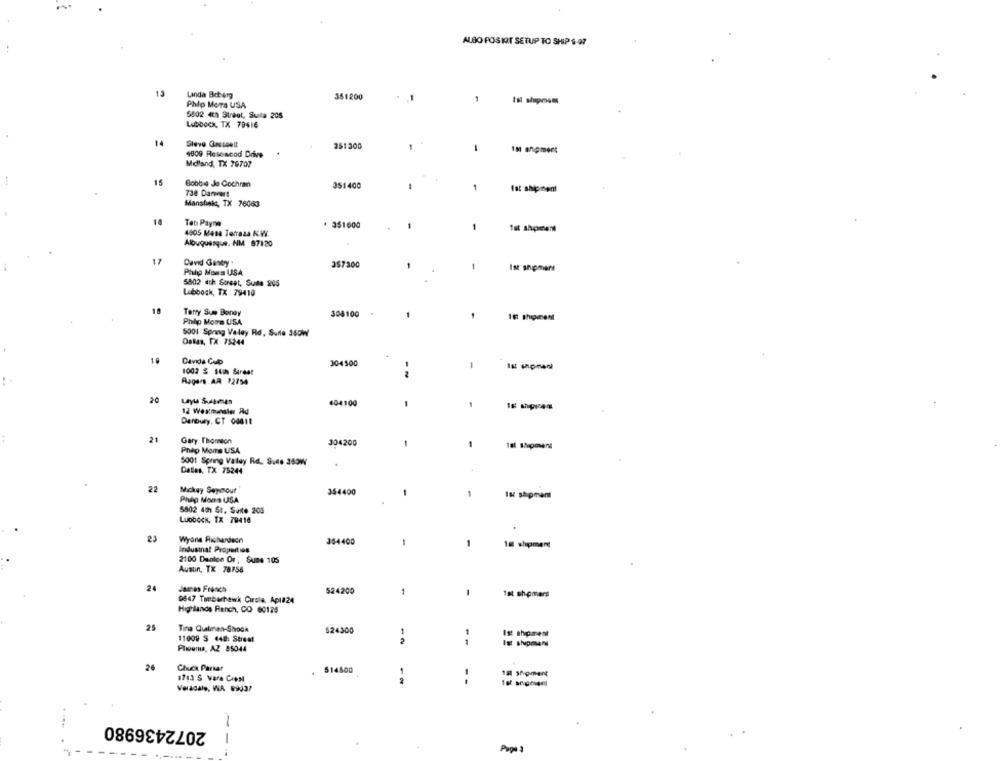
ALBO POSIT SETUP TO SHIP 6-07
13
Linda Bet org
351200
.1
Phip Mors USA
6802 4th Street, Sulla 205
Lubbock, TX 79416
14
Steve Gasspelt
251300
4809 Rlesencod Drive
-
Midland, TX 79707
Bobbie Ja Cochran
351400
1
fat shipment
738 Danww!
Manstisk, TX 76063
Teti Payne
· 351600
1
4805 Mesa Terraza N.W.
Albuquerque. NM 87120
12
David Gasty .
357300
-
Phip Moms USA
Ist shipmers
5802 4th Street, Suite 205
Lubbock, TX 79410
Terry Sue Boney
304100
16 thoment
Phip Moms USA
5001 Spring Veley Rd. Sure 340W
Ostas, TX 75244
Davida Culo
304500
-
1002 % suih Street
-N
A204'S AR 12754
Layla Suasmen
404100
1
12 Wextnunster Ad
Denbury, CT 00611
21
Gary Thornton
304200
Phip Moms USA
-
5001 Spring Valey Rd. Sure 353W
Dallas, TX 75244
22
Mickey Seymour
354400
1
1
In shipman
Phip Moms USA
5802 45h St. Suite 205
Luobock, TX 79416
Wyone Richardscn
354400
-
1
18 shipman
Indusinal Properties
2100 Danion Or , SuBe 105
Austin, TX 78756
24
James French
524200
1
-
fat shpmars
0647 Tuberhawk Circle, Apla24
Highlands Ranch, CO 60129
25
Tina Quelinen-Shock
524300
Ist shparent
11009 S 440: Street
Plouma, AZ 85044
26
Chuck Parsar
. 514500
1713 S Vara Crest
--
Veradale, WA 69337
2072436980
---
Page